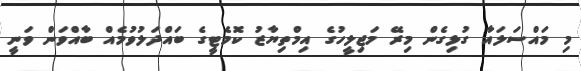
މި މައްސަލައާ ގުޅިގެން މިރޭ މަޖިލީހުގެ އިމްތިޔާޒު ކޮމެޓީގެ ބައްދަލުވުމެއް ބާއްވަން ވަނީ